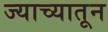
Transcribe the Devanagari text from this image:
ज्याच्यातून